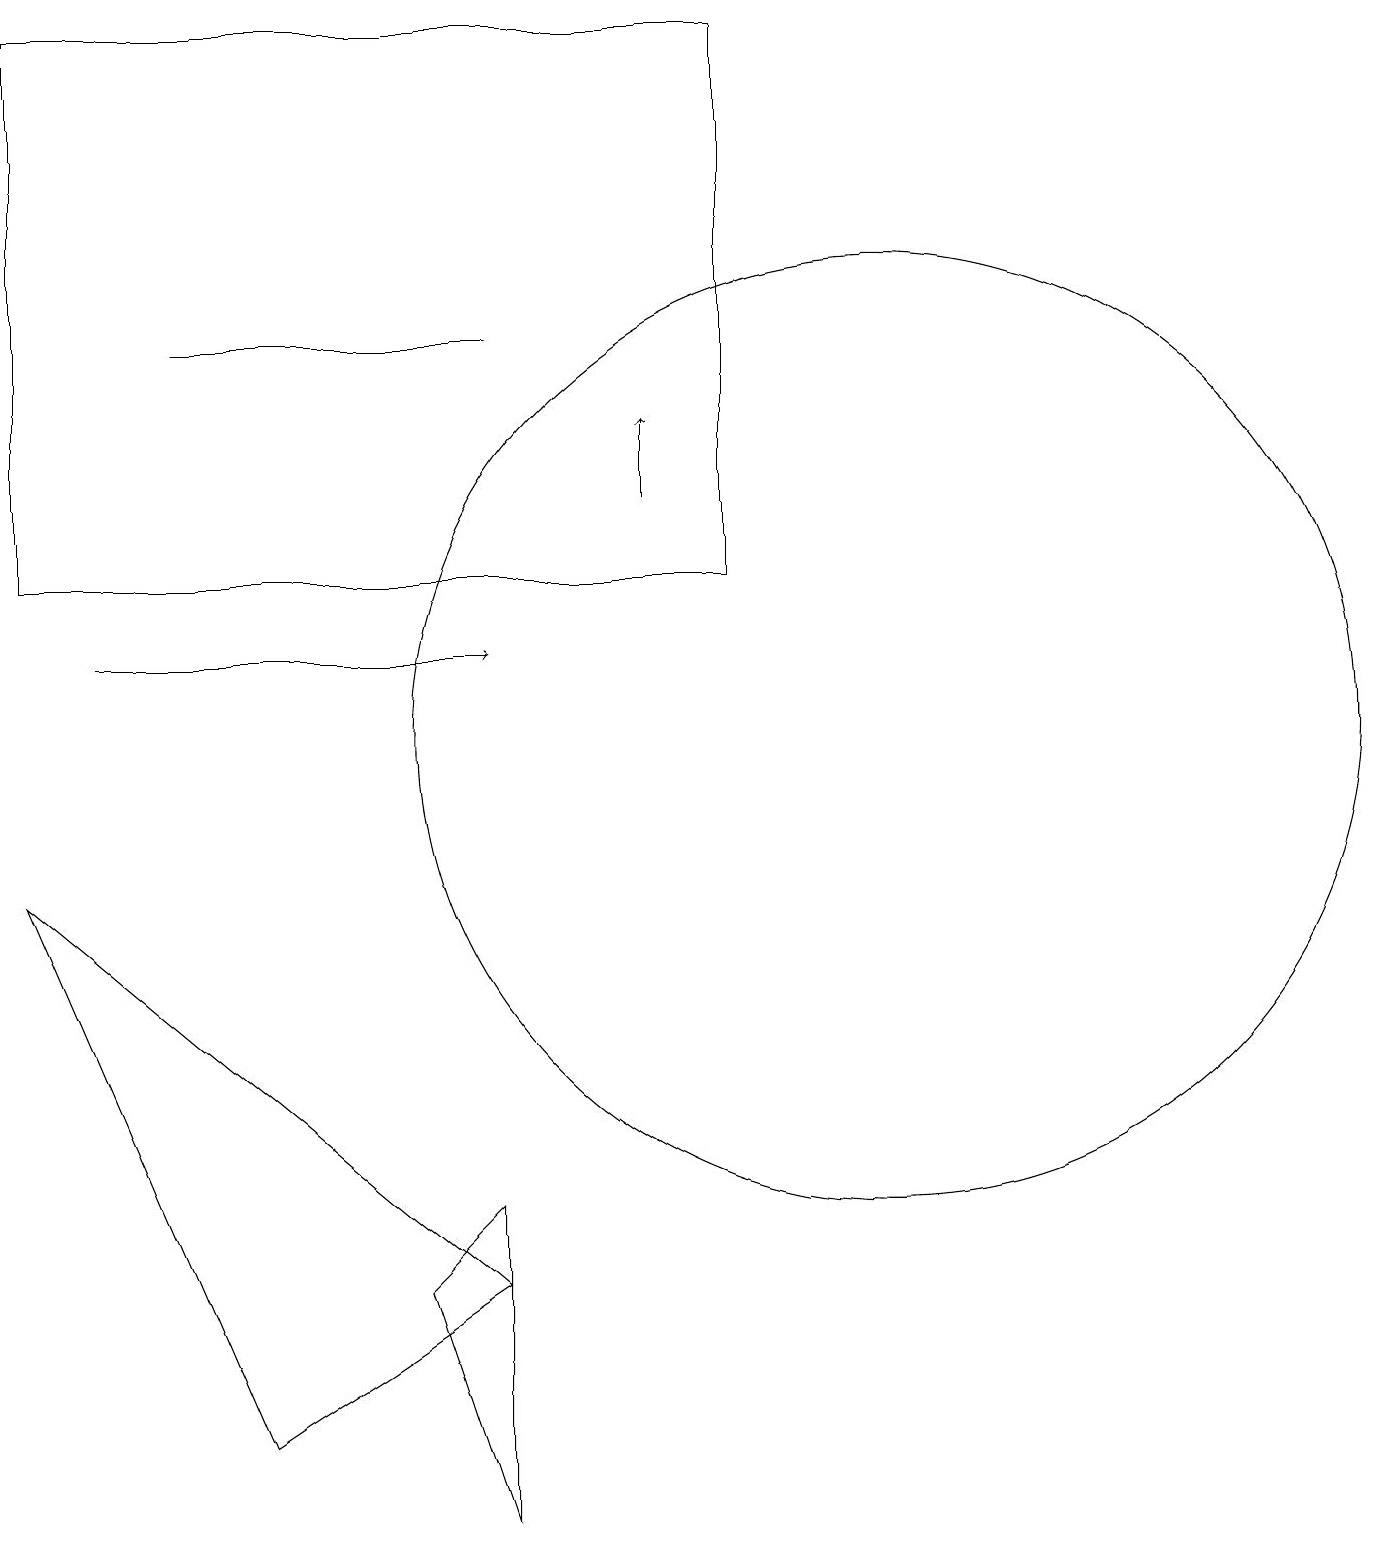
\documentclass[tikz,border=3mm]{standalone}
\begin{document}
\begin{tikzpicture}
\draw (11,10) circle (6);
\draw[->] (1,11) -- (6,11);
\draw (5,3) -- (6,4) -- (6,0) -- cycle;
\draw[->] (8,13) -- (8,14);
\draw (0,8) -- (6,3) -- (3,1) -- cycle;
\draw (2,15) rectangle (6,15);
\draw (0,19) rectangle (9,12);
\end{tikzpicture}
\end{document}